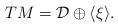
LaTeX: \begin{align*}TM=\mathcal{D}\oplus \langle\xi\rangle.\end{align*}